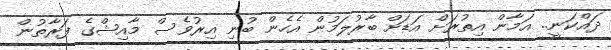
ދައްކަނީ.. އަމާން އިތުރަށް އަޑަށް ބާރުލަމުން އެހެން ބުނި އިރުވެސް މާއިޝްގެ ފަރާތުން